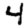
Digit: 4